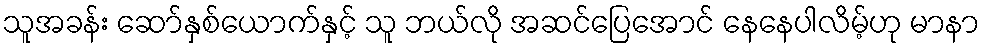
သူအခန်း ဆော်နှစ်ယောက်နှင့် သူ ဘယ်လို အဆင်ပြေအောင် နေနေပါလိမ့်ဟု မာနာ